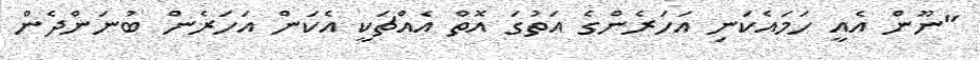
"ނޫން އެއީ ހަމައެކަނި އަހަރެންގެ އަތުގަ އޮތް އެއްޗަކީ އެކަން އަހަރެން ބުނަންދެން